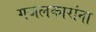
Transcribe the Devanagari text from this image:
गजलकारांना